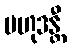
ဗဟုဒန္တီ